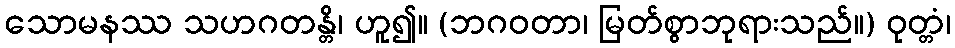
သောမနဿ သဟဂတန္တိ၊ ဟူ၍။ (ဘဂဝတာ၊ မြတ်စွာဘုရားသည်။) ဝုတ္တံ၊